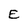
Character: E